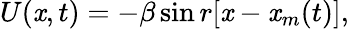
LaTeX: U(\mathit{x},t)=-\beta\sin{r[\mathit{x}-\mathit{x}_{m}(t)]},